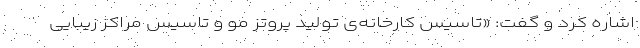
اشاره کرد و گفت: «تاسیس کارخانه‌ی تولید پروتز مو و تاسیس مراکز زیبایی